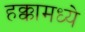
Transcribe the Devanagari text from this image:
हक्कामध्ये